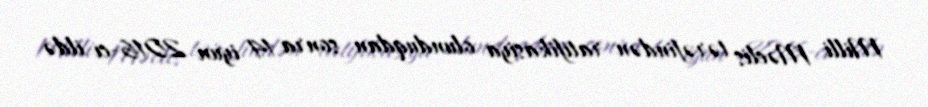
Milli Məclis tərəfindən ratifikasiya olunduqdan sonra 14 iyun 2016-cı ildə